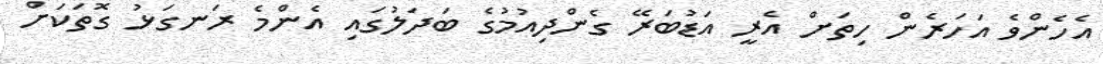
އެހެންވެ އަހަރެން ހިތަށް އެރީ އަޑުބަރޭ ގެންދިއުމުގެ ބަދަލުގައި އެންމެ ރަނގަޅު ގޮތަކަށް